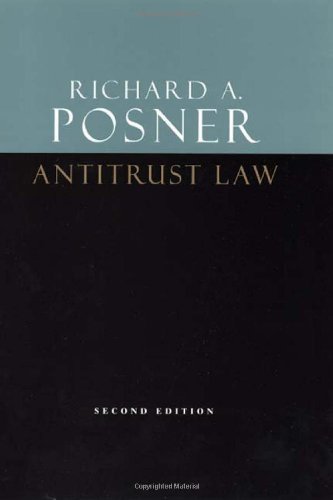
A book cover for Antitrust Law, Second Edition; Richard A. Posner; Law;